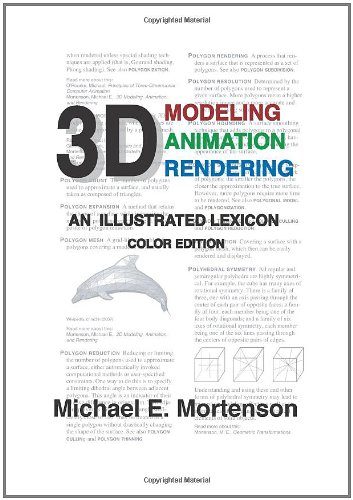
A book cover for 3D Modeling, Animation, and Rendering: An Illustrated Lexicon, Color Edition; Michael E. Mortenson; Computers & Technology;